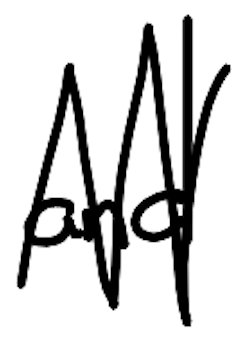
Text: and
Cross-out: zig-zag
Writing tool: digital_black